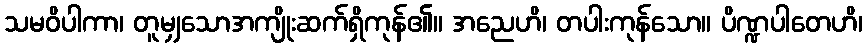
သမဝိပါကာ၊ တူမျှသောအကျိုးဆက်ရှိကုန်၏။ အညေဟိ၊ တပါးကုန်သော။ ပိဏ္ဍပါတေဟိ၊